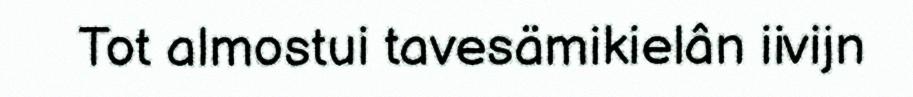
Tot almostui tavesämikielân iivijn